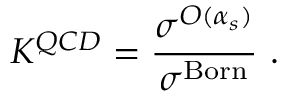
K ^ { Q C D } = { \frac { \sigma ^ { { \cal O } ( \alpha _ { s } ) } } { \sigma ^ { \mathrm { B o r n } } } } ~ .